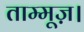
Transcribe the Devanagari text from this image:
ताम्मूज़।